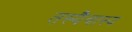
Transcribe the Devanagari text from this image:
तस्यैवास्य